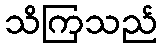
သိကြသည်